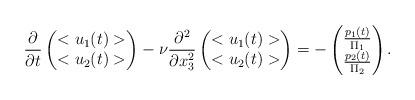
LaTeX: \begin{align*}\frac{\partial}{\partial t}\begin{pmatrix}<u_1(t)>\\<u_2(t)>\end{pmatrix}-\nu \frac{\partial^2}{\partial x_3^2} \begin{pmatrix}<u_1(t)>\\<u_2(t)>\end{pmatrix}=-\begin{pmatrix}\frac{p_1(t)}{\Pi_1}\\\frac{p_2(t)}{\Pi_2}\end{pmatrix}.\end{align*}